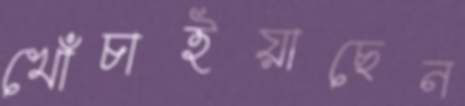
খোঁচাইয়াছেন